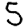
Digit: 5